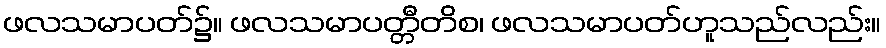
ဖလသမာပတ်၌။ ဖလသမာပတ္တီတိစ၊ ဖလသမာပတ်ဟူသည်လည်း။